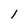
Character: 1